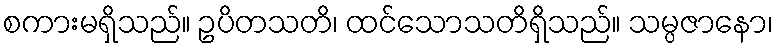
စကားမရှိသည်။ ဥပိတသတိ၊ ထင်သောသတိရှိသည်။ သမ္ပဇာနော၊